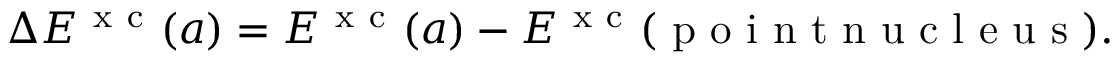
\Delta E ^ { \mathrm { ~ x ~ c ~ } } ( a ) = E ^ { \mathrm { ~ x ~ c ~ } } ( a ) - E ^ { \mathrm { ~ x ~ c ~ } } ( \mathrm { ~ p ~ o ~ i ~ n ~ t ~ n ~ u ~ c ~ l ~ e ~ u ~ s ~ } ) .